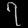
Digit: ၇